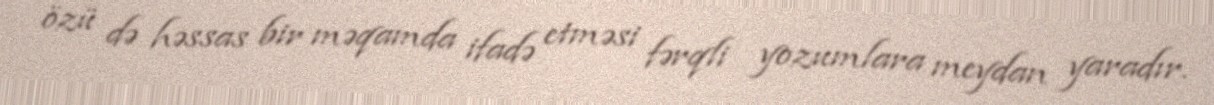
özü də həssas bir məqamda ifadə etməsi fərqli yozumlara meydan yaradır.